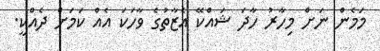
މަމެން ނަށް މިހާރު ހާދަ ޝައްކޭ އެޒާތުގެ ވާހަކަ އެއް ކަމަށް ދެއްކީ.